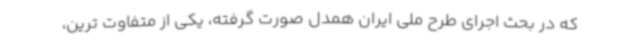
که در بحث اجرای طرح ملی ایران همدل صورت گرفته، یکی از متفاوت ترین،